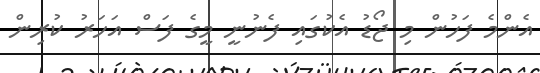
އެންމެ ފަހުން މި ޖޯޑު އެކުގައި ފެނުނީ މީގެ ފަސް އަހަރު ކުރިން